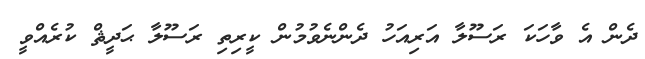
ދެން އެ ވާހަކަ ރަސޫލާ އަރިއަހު ދެންނެވުމުން ކީރިތި ރަސޫލާ ޙަދީޘް ކުރެއްވީ